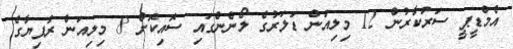
އެމްޑީޕީ ސަރުކާރުން 12 މިލިއަން ޑަލަރުގެ ލޯނެންގައި ސޮއިކޮށް 8 މިލިއަން ރުފިޔާގެ